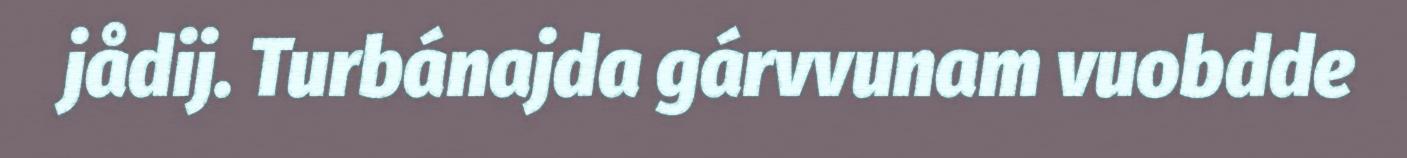
jådij. Turbánajda gárvvunam vuobdde